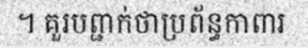
។ គួរបព្ជាក់ថាប្រព័ន្ធកាពារ